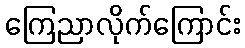
ကြေညာလိုက်ကြောင်း